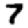
Digit: 7